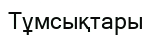
Тұмсықтары